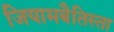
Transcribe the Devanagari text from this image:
जियामबैतिस्ता